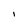
Character: I